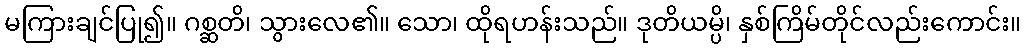
မကြားချင်ပြု၍။ ဂစ္ဆတိ၊ သွားလေ၏။ သော၊ ထိုရဟန်းသည်။ ဒုတိယမ္ပိ၊ နှစ်ကြိမ်တိုင်လည်းကောင်း။